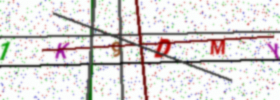
Text: 1K9DMY